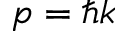
p = \hbar k